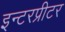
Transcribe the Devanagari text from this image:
इन्टरप्रीटर